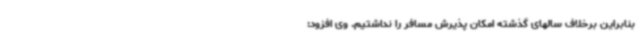
بنابراین برخلاف سالهای گذشته امکان پذیرش مسافر را نداشتیم. وی افزود: